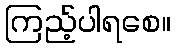
ကြည့်ပါရစေ။